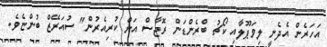
އަހަރެން އެދެނީ ލިވަޕޫލާއި ކޯޗު ބްރެންޑަން ރޮޖާސް އަށް ކުރިއެރުން" ސުއަރޭޒް ބުންޏެވެ.